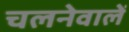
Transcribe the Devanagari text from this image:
चलनेवालें